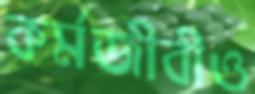
কর্মজীবীও